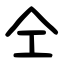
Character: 仝